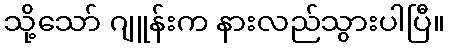
သို့သော် ဂျူန်းက နားလည်သွားပါပြီ။